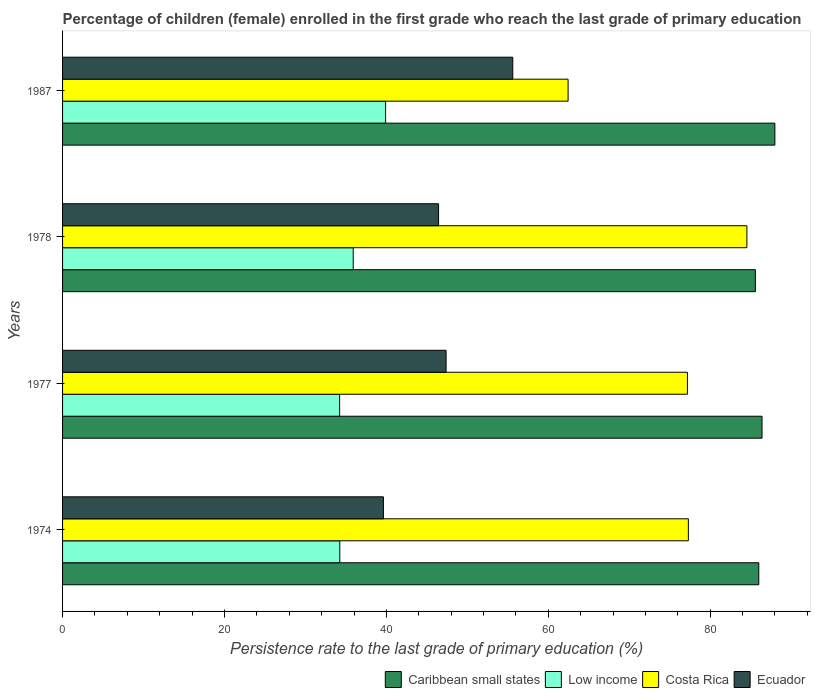
| Years | Caribbean small states | Low income | Costa Rica | Ecuador |
 | --- | --- | --- | --- | --- |
 | 1974 | 86 | 34.2 | 77.3 | 39.6 |
 | 1977 | 86.4 | 34.2 | 77.2 | 47.4 |
 | 1978 | 85.6 | 35.9 | 84.5 | 46.4 |
 | 1987 | 88 | 39.9 | 62.4 | 55.6 |